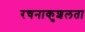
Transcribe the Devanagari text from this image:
रचनाकुशलता